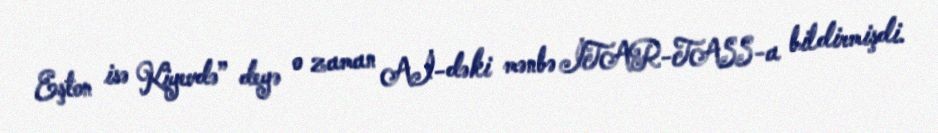
Eşton isə Kiyevdə” deyə o zaman Aİ-dəki mənbə İTAR-TASS-a bildirmişdi.